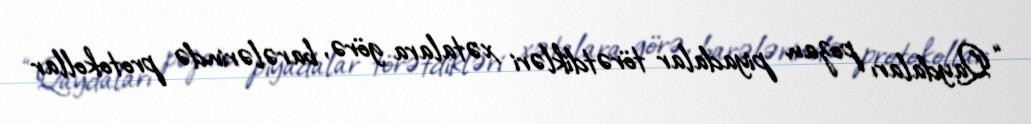
“Qaydaları pozan piyadalar törətdikləri xətalara görə, barələrində protokollar